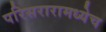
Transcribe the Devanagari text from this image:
परिसरारामध्येच